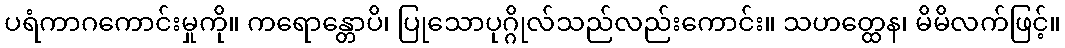
ပရံကာဂကောင်းမှုကို။ ကရောန္တောပိ၊ ပြုသောပုဂ္ဂိုလ်သည်လည်းကောင်း။ သဟတ္ထေန၊ မိမိလက်ဖြင့်။